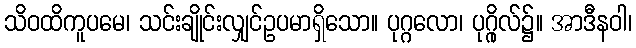
သိဝထိကူပမေ၊ သင်းချိုင်းလျှင်ဥပမာရှိသော။ ပုဂ္ဂလော၊ ပုဂ္ဂိုလ်၌။ အာဒီနဝါ၊